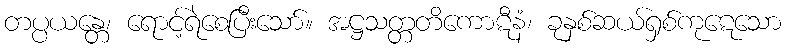
တပ္ပယန္တေ၊ ရောင့်ရဲစေပြီးသော်။ အဋ္ဌသတ္တတိကောဋီနံ၊ ခုနှစ်ဆယ်ရှစ်ကုဋေသော